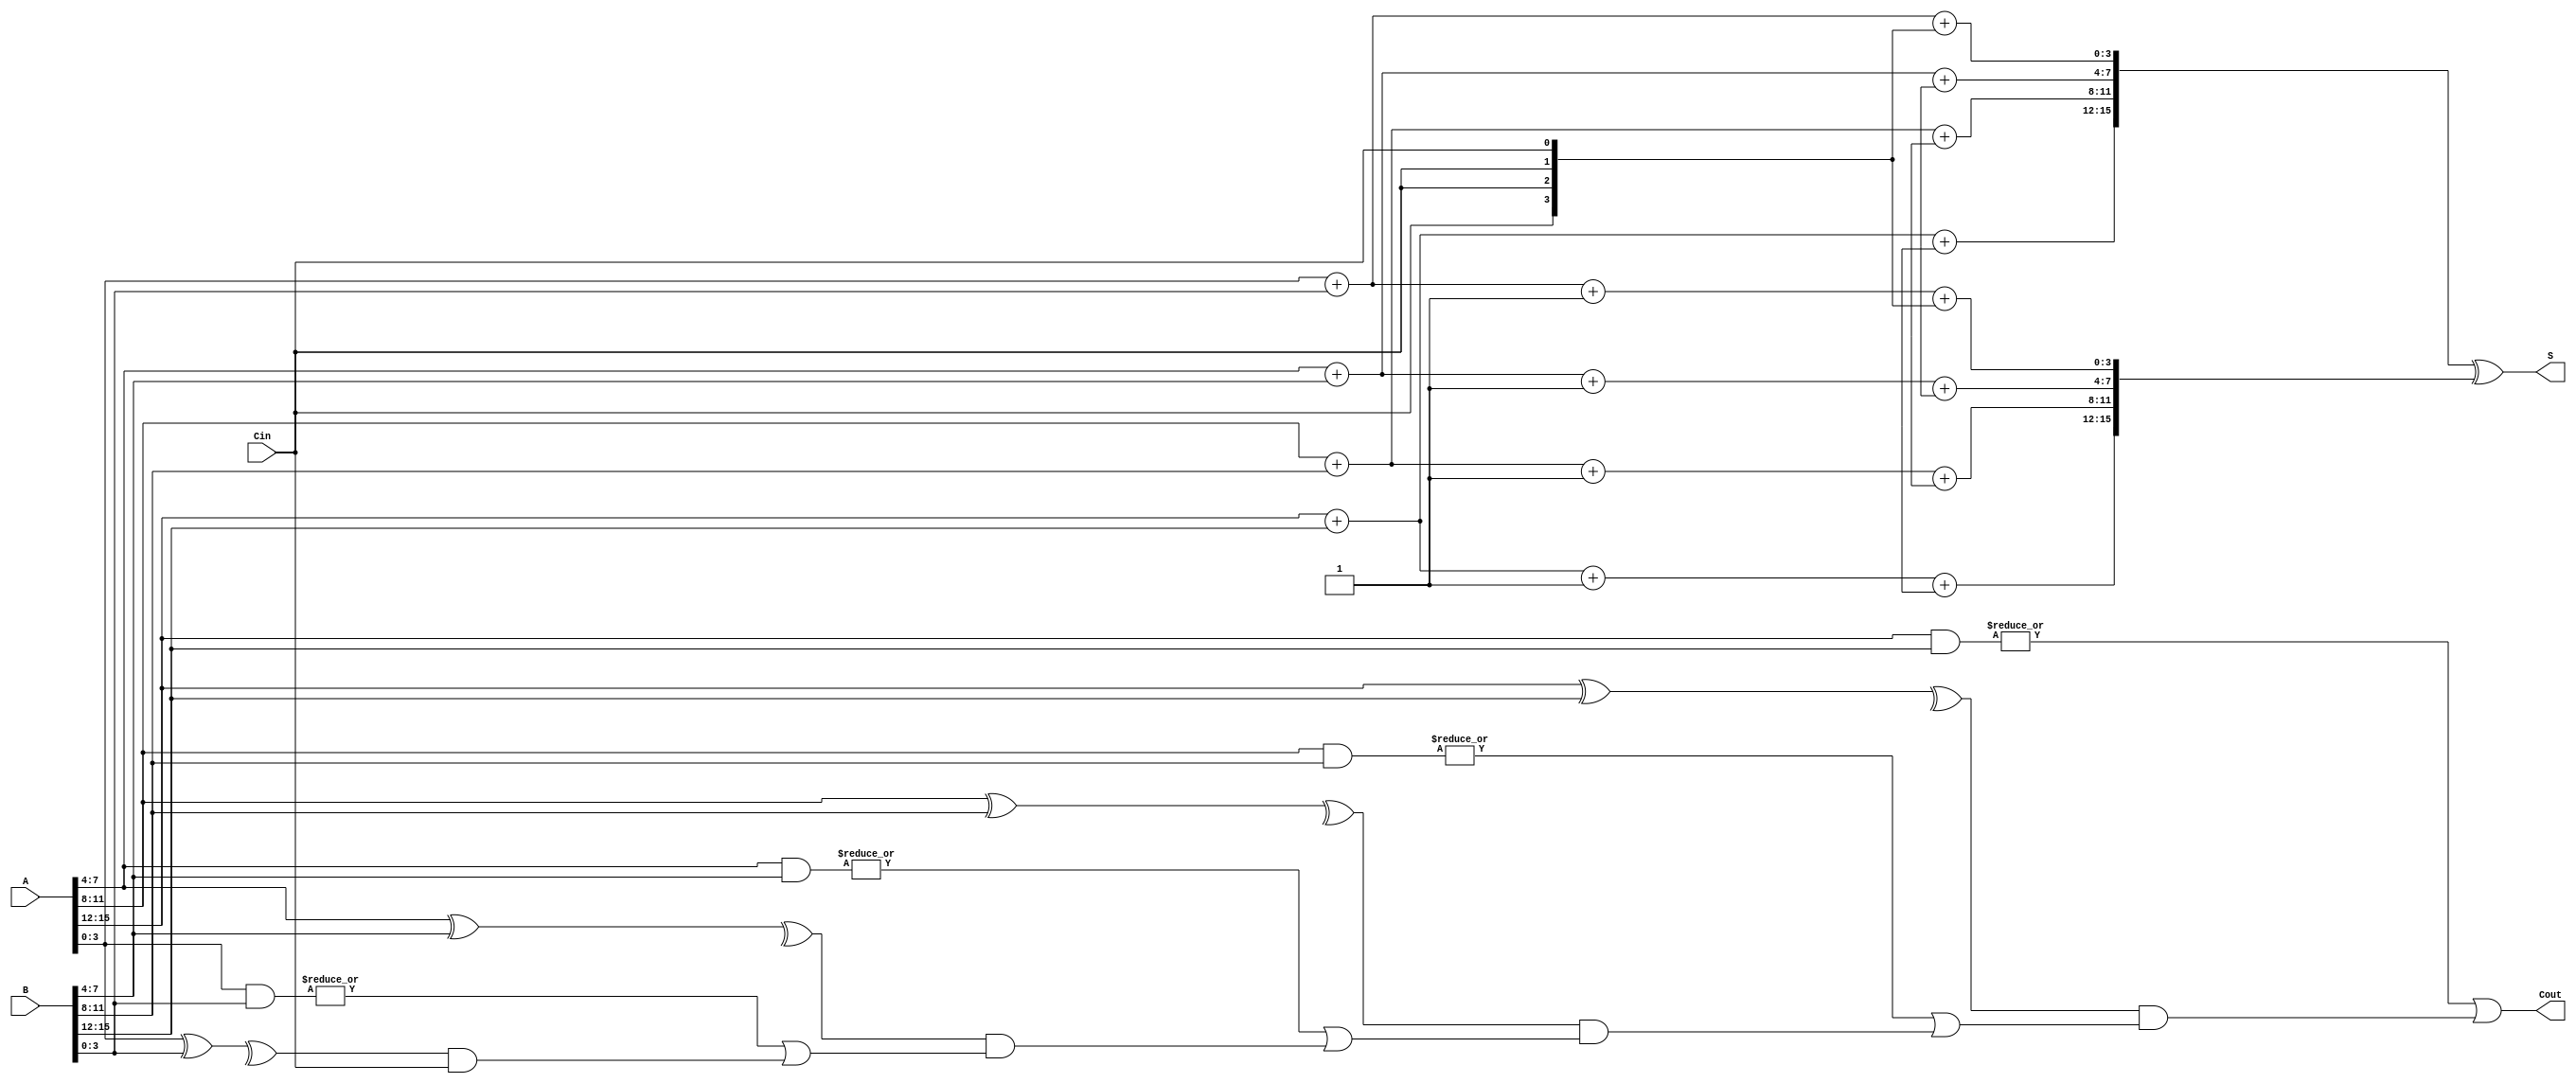
module carry_select_adder #(
    parameter N = 16,          // Bit-width of input numbers
    parameter M = 4            // Size of each block
)(
    input  [N-1:0] A,         // First operand
    input  [N-1:0] B,         // Second operand
    input  Cin,               // Input carry
    output [N-1:0] S,         // Sum output
    output Cout               // Output carry
);

    // Number of blocks
    localparam NUM_BLOCKS = N / M;

    // Internal signals
    wire [N-1:0] S0, S1;       // Sums when carry-in is 0 and 1
    wire [NUM_BLOCKS:0] carry_in; // Carry input for each block
    wire [NUM_BLOCKS-1:0] G;   // Generate signals for each block
    wire [NUM_BLOCKS-1:0] P;   // Propagate signals for each block
    wire [NUM_BLOCKS:0] carry_out; // Carry output for each block

    assign carry_in[0] = Cin; // Set first carry input as Cin

    // Generate and Propagate calculations for each block
    genvar i;
    generate
        for (i = 0; i < NUM_BLOCKS; i = i + 1) begin : block
            wire [M-1:0] A_block = A[(i+1)*M-1:i*M];
            wire [M-1:0] B_block = B[(i+1)*M-1:i*M];

            // Generate (G) and Propagate (P) signals
            assign G[i] = |(A_block & B_block);
            assign P[i] = ^(A_block ^ B_block);

            // Calculate carry_out for this block
            if (i == 0) begin
                assign carry_out[i] = G[i] | (P[i] & carry_in[i]);
            end else begin
                assign carry_out[i] = G[i] | (P[i] & carry_out[i-1]);
            end
            
            // Compute sums for both scenarios (Cin = 0 and Cin = 1)
            wire [M-1:0] sum0 = A_block + B_block; // Sum when Cin = 0
            wire [M-1:0] sum1 = A_block + B_block + 1; // Sum when Cin = 1

            // Select the correct sum based on the carry-in
            assign S0[(i+1)*M-1:i*M] = sum0 + {M{carry_in[i]}}; // S when Cin = 0
            assign S1[(i+1)*M-1:i*M] = sum1 + {M{carry_in[i]}}; // S when Cin = 1
        end
    endgenerate
    
    // Final sum calculation
    assign S = S0 ^ S1; // Use XOR to select the correct sum
    assign Cout = carry_out[NUM_BLOCKS-1]; // Final carry-out

endmodule